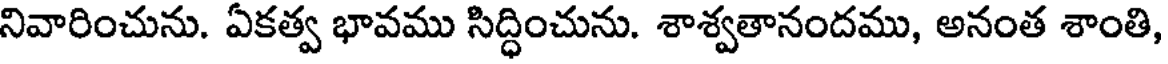
నివారించును. ఏకత్వ భావము సిద్ధించును. శాశ్వతానందము, అనంత శాంతి,